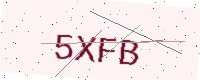
Text: 5XFB